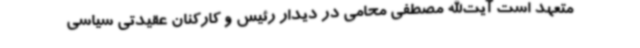
متعهد است آیت‌الله مصطفی محامی در دیدار رئیس و کارکنان عقیدتی سیاسی